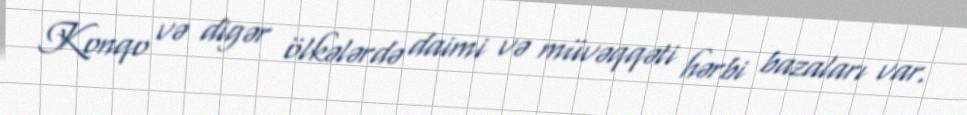
Konqo və digər ölkələrdə daimi və müvəqqəti hərbi bazaları var.